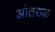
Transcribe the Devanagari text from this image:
आंतराक